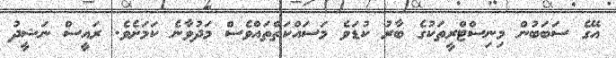
އޭގެ ސަބަބުން މިނިސްޓްރީތަކުގެ ބާރު ކުޑަވެ މަސައްކަތްތައްވެސް މަދުވާނެ ކަމަށެވެ. ރައީސް ނަޝީދު